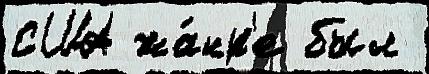
США жа́нр'е был